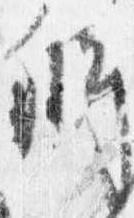
弁